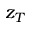
z _ { T }